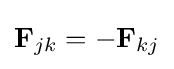
\mathbf {F} _{jk}=-\mathbf {F} _{kj}